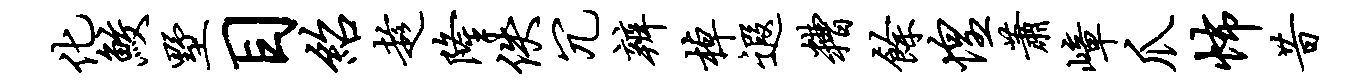
化鲛墅目绍趁隆佚冗辨棹遐糟余惶萧嶂爪怖昔